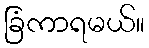
ခြံကာရမယ်။